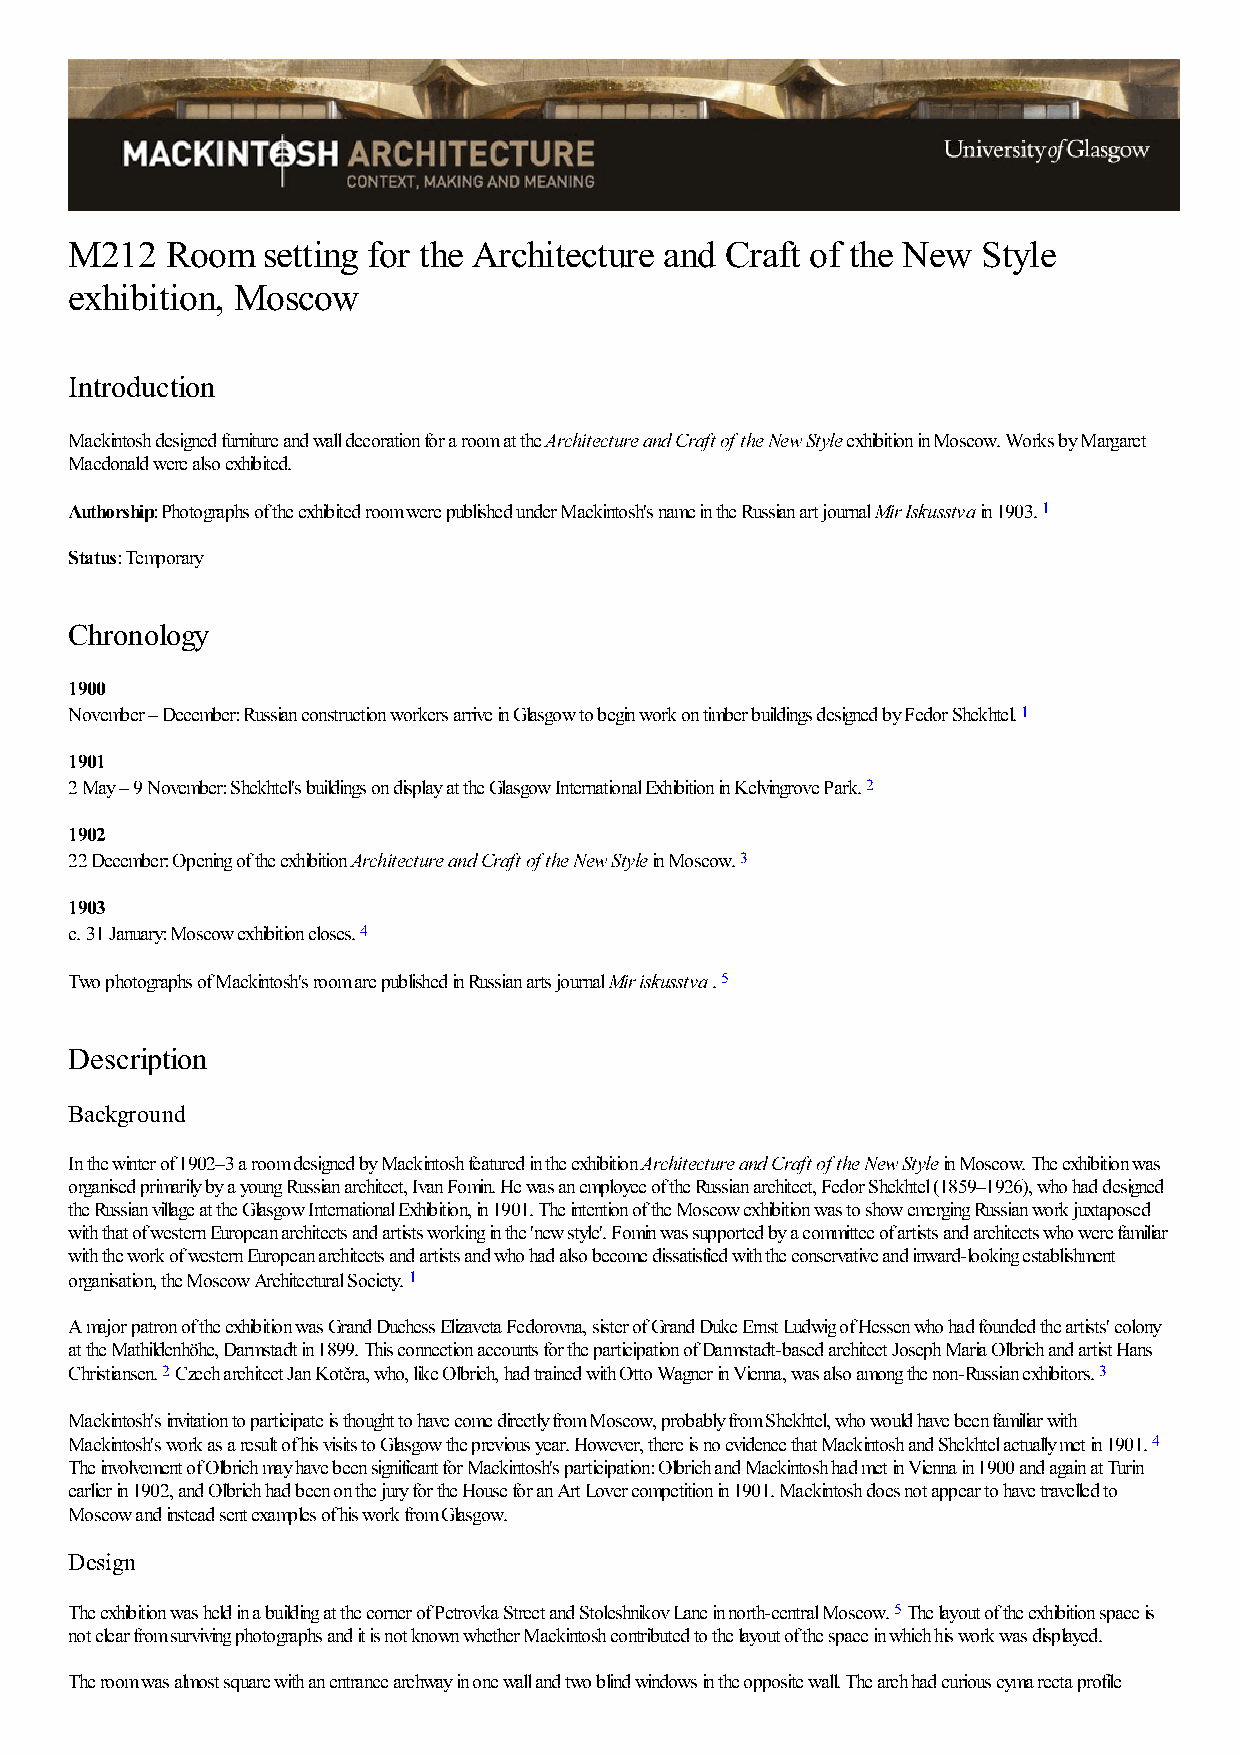
M212  Room  setting for the Architecture and Craft of the New Style
 exhibition, Moscow
 Introduction
 Mackintosh designed furniture and wall decoration for a room at the Architecture and Craft of the New Style exhibition in Moscow. Works by Margaret
 Macdonald were also exhibited.
 Authorship: Photographs of the exhibited room were published under Mackintosh's name in the Russian art journal Mir Iskusstva in 1903. 1
 Status: Temporary
 Chronology
 1900
 November – December: Russian construction workers arrive in Glasgow to begin work on timber buildings designed by Fedor Shekhtel. 1
 1901
 2 May – 9 November: Shekhtel's buildings on display at the Glasgow International Exhibition in Kelvingrove Park. 2
 1902
 22 December: Opening of the exhibition Architecture and Craft of the New Style in Moscow. 3
 1903
 c. 31 January: Moscow exhibition closes. 4
 Two photographs of Mackintosh's room are published in Russian arts journal Mir iskusstva . 5
 Description
 Background
 In the winter of 1902–3 a room designed by Mackintosh featured in the exhibition Architecture and Craft of the New Style in Moscow. The exhibition was
 organised primarily by a young Russian architect, Ivan Fomin. He was an employee of the Russian architect, Fedor Shekhtel (1859–1926), who had designed
 the Russian village at the Glasgow International Exhibition, in 1901. The intention of the Moscow exhibition was to show emerging Russian work juxtaposed
 with that of western European architects and artists working in the 'new style'. Fomin was supported by a committee of artists and architects who were familiar
 with the work of western European architects and artists and who had also become dissatisfied with the conservative and inward-looking establishment
 organisation, the Moscow Architectural Society. 1
 A major patron of the exhibition was Grand Duchess Elizaveta Fedorovna, sister of Grand Duke Ernst Ludwig of Hessen who had founded the artists' colony
 at the Mathildenhöhe, Darmstadt in 1899. This connection accounts for the participation of Darmstadt-based architect Joseph Maria Olbrich and artist Hans
 Christiansen. 2 Czech architect Jan Kotěra, who, like Olbrich, had trained with Otto Wagner in Vienna, was also among the non-Russian exhibitors. 3
 Mackintosh's invitation to participate is thought to have come directly from Moscow, probably from Shekhtel, who would have been familiar with
 Mackintosh's work as a result of his visits to Glasgow the previous year. However, there is no evidence that Mackintosh and Shekhtel actually met in 1901. 4
 The involvement of Olbrich may have been significant for Mackintosh's participation: Olbrich and Mackintosh had met in Vienna in 1900 and again at Turin
 earlier in 1902, and Olbrich had been on the jury for the House for an Art Lover competition in 1901. Mackintosh does not appear to have travelled to
 Moscow and instead sent examples of his work from Glasgow.
 Design
 The exhibition was held in a building at the corner of Petrovka Street and Stoleshnikov Lane in north-central Moscow. 5 The layout of the exhibition space is
 not clear from surviving photographs and it is not known whether Mackintosh contributed to the layout of the space in which his work was displayed.
 The room was almost square with an entrance archway in one wall and two blind windows in the opposite wall. The arch had curious cyma recta profile